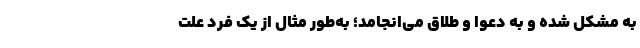
به مشکل شده و به دعوا و طلاق می‌انجامد؛ به‌طور مثال از یک فرد علت